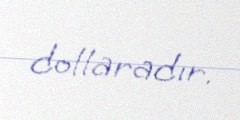
dollaradır.